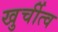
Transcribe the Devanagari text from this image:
खुर्चीत्व